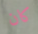
كان